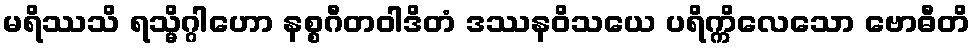
မရိဿသိ ရသ္မိဂ္ဂါဟော နစ္စဂီတဝါဒိတံ ဒဿနဝိသယေ ပရိက္ကိလေသော ဗောဓီတိ